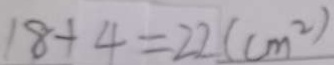
1 8 + 4 = 2 2 ( c m ^ { 2 } )